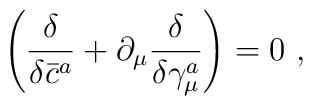
\left( \frac \delta {\delta \bar{c}^a}+\partial _\mu \frac \delta {\delta\gamma _\mu ^a}\right) =0\,\,,